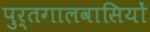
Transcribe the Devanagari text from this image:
पुर्तगालवासियों